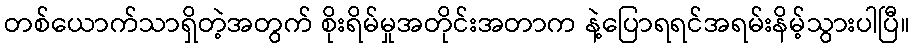
တစ်ယောက်သာရှိတဲ့အတွက် စိုးရိမ်မှုအတိုင်းအတာက နဲ့ပြောရရင်အရမ်းနိမ့်သွားပါပြီ။